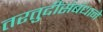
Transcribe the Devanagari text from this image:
तरतुदींसंबंधाने